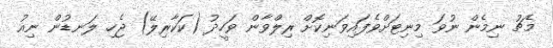
މެޗު ނިމެން ނުވަ މިނިޓަށްވެފައިވަނިކޮށް ރިލްވާން ވަހީދު (ކަކާރިލޭ) ޖެހި ލަނޑުން ނިއު